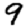
Digit: 9